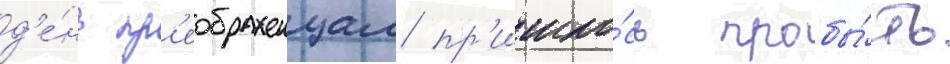
д'е́нь пр'еображенцам пр'ишло́сь пробы́ть